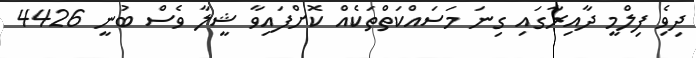
ދިވެި ފިލްމީ ދާއިރާގައި ގިނަ މަސައްކަތްތަކެއް ކޮށްފައިވާ ޝީލާ ވެސް ބުނީ 4426